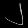
Digit: ၂